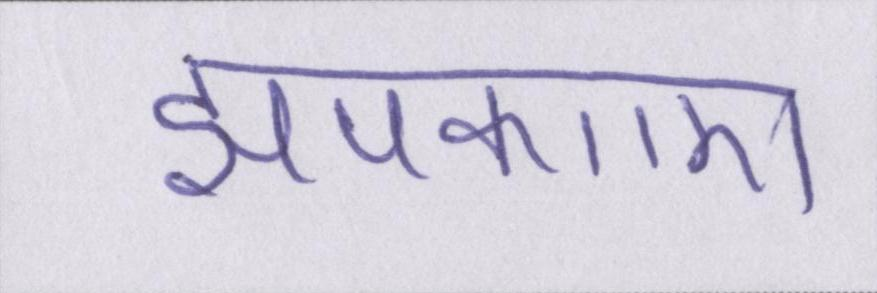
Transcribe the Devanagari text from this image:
झपकाए